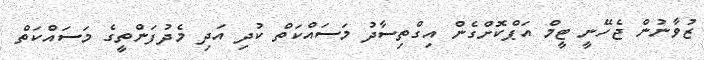
ޒުވާނުން ޖެހޭނީ ޓީމް އަޕްކޮށްގެން އިގްތިސާދު މަސައްކަތް ކުދި އަދި މެދުފަންތީގެ މަސައްކަތް